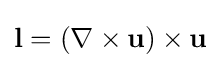
\mathbf {l} =\left(\nabla \times \mathbf {u} \right)\times \mathbf {u}